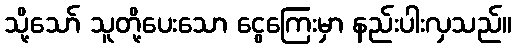
သို့သော် သူတို့ပေးသော ငွေကြေးမှာ နည်းပါးလှသည်။